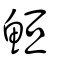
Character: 䱎